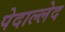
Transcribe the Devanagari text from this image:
पेदाल्लेद